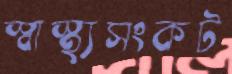
স্বাস্থ্যসংকট